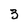
Character: 3